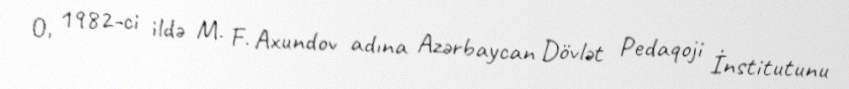
O, 1982-ci ildə M. F. Axundov adına Azərbaycan Dövlət Pedaqoji İnstitutunu